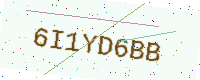
Text: 6I1YD6BB